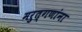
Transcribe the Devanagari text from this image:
मरुत्गणांना